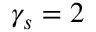
\gamma _ { s } = 2